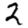
Digit: 2